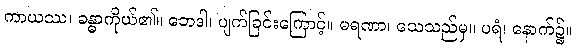
ကာယဿ၊ ခန္ဓာကိုယ်၏။ ဘေဒါ၊ ပျက်ခြင်းကြောင့်။ မရဏာ၊ သေသည်မှ။ ပရံ၊ နောက်၌။